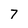
Character: 7